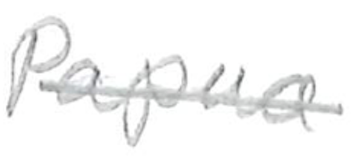
Text: Papua
Cross-out: single-line
Writing tool: pencil